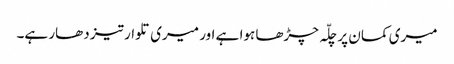
میری کمان پر چلّہ چڑھا ہوا ہے اور میری تلوار تیز دھار ہے۔